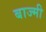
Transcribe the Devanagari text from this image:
बाज्मी